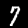
Label: 7